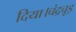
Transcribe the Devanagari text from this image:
दिया।चंद्रचूड़